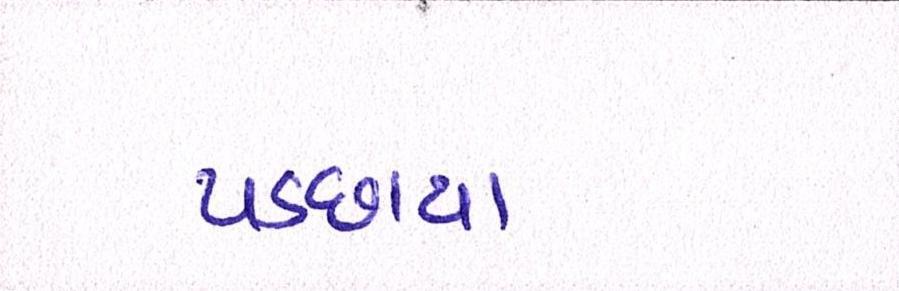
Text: પડછાયા